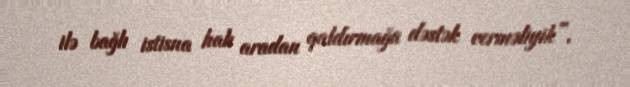
ilə bağlı istisna halı aradan qaldırmağa dəstək verməliyik”.